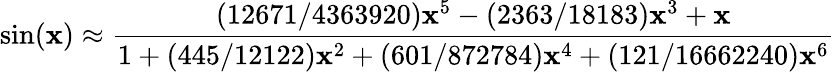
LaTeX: \sin(\mathbf{x})\approx{\frac{{(12671/4363920)\mathbf{x}^{5}-(2363/18183)\mathbf{x}^{3}+\mathbf{x}}}{{1+(445/12122)\mathbf{x}^{2}+(601/872784)\mathbf{x}^{4}+(121/16662240)\mathbf{x}^{6}}}}